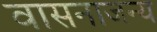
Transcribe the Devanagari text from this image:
वासनाजन्य